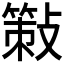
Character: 𢿸